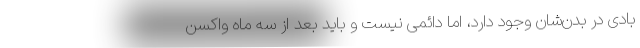
بادی در بدن‌شان وجود دارد، اما دائمی نیست و باید بعد از سه ماه واکسن